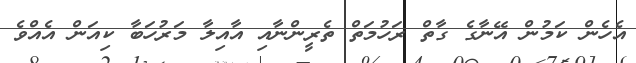
އެހެން ކަމުން އޭނާގެ ގާތް ރަހުމަތް ތެރީންނާއި އާއިލާ މަރުހަބާ ކިއަން އެއްވެ